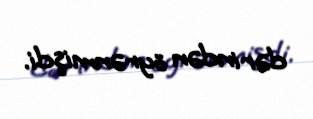
dərindən öyrənmişdi.